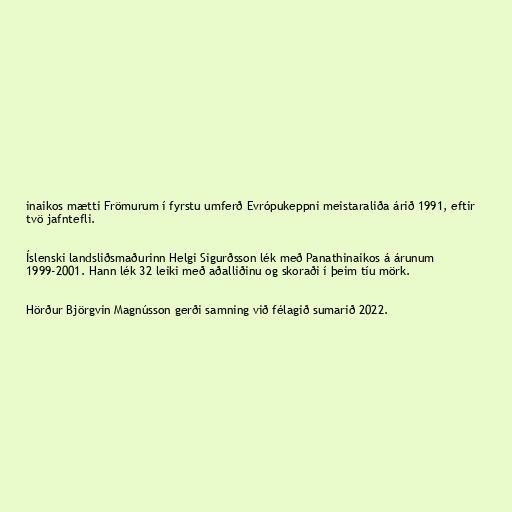
inaikos mætti Frömurum í fyrstu umferð Evrópukeppni meistaraliða árið 1991, eftir
tvö jafntefli.

Íslenski landsliðsmaðurinn Helgi Sigurðsson lék með Panathinaikos á árunum
1999-2001. Hann lék 32 leiki með aðalliðinu og skoraði í þeim tíu mörk.

Hörður Björgvin Magnússon gerði samning við félagið sumarið 2022.